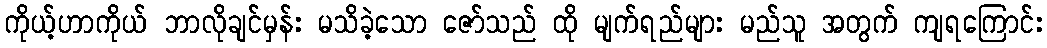
ကိုယ့်ဟာကိုယ် ဘာလိုချင်မှန်း မသိခဲ့သော ဇော်သည် ထို မျက်ရည်များ မည်သူ အတွက် ကျရကြောင်း